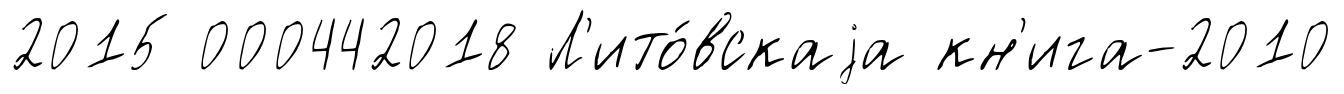
2015 000442018 Л'ито́вскаjа кн'ига-2010